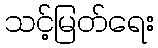
သင့်မြတ်ရေး